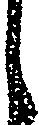
し